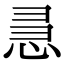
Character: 𭜵